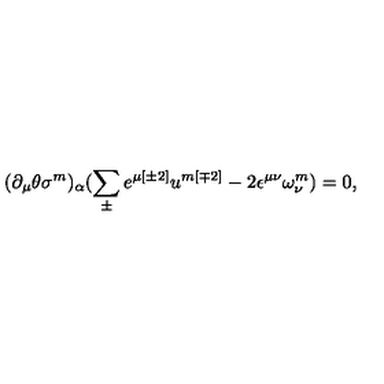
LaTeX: ( \partial _ { \mu } \theta \sigma ^ { { m } } ) _ { \alpha } ( \sum _ { \pm } ^ { } e ^ { \mu { [ \pm 2 ] } } u ^ { { m [ \mp 2 ] } } - 2 \epsilon ^ { \mu \nu } \omega _ { \nu } ^ { { m } } ) = 0 ,